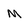
Character: M